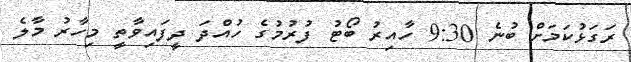
ރަގަޅުކަމަށް ބުނެ 9:30 ހާއިރު ބޯޓު ފުރުމުގެ ހުއްދަ ދީފައިވާތީ މިހާރު މާލެ